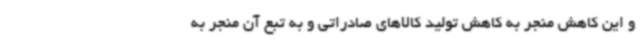
و این کاهش منجر به کاهش تولید کالاهای صادراتی و به تبع آن منجر به